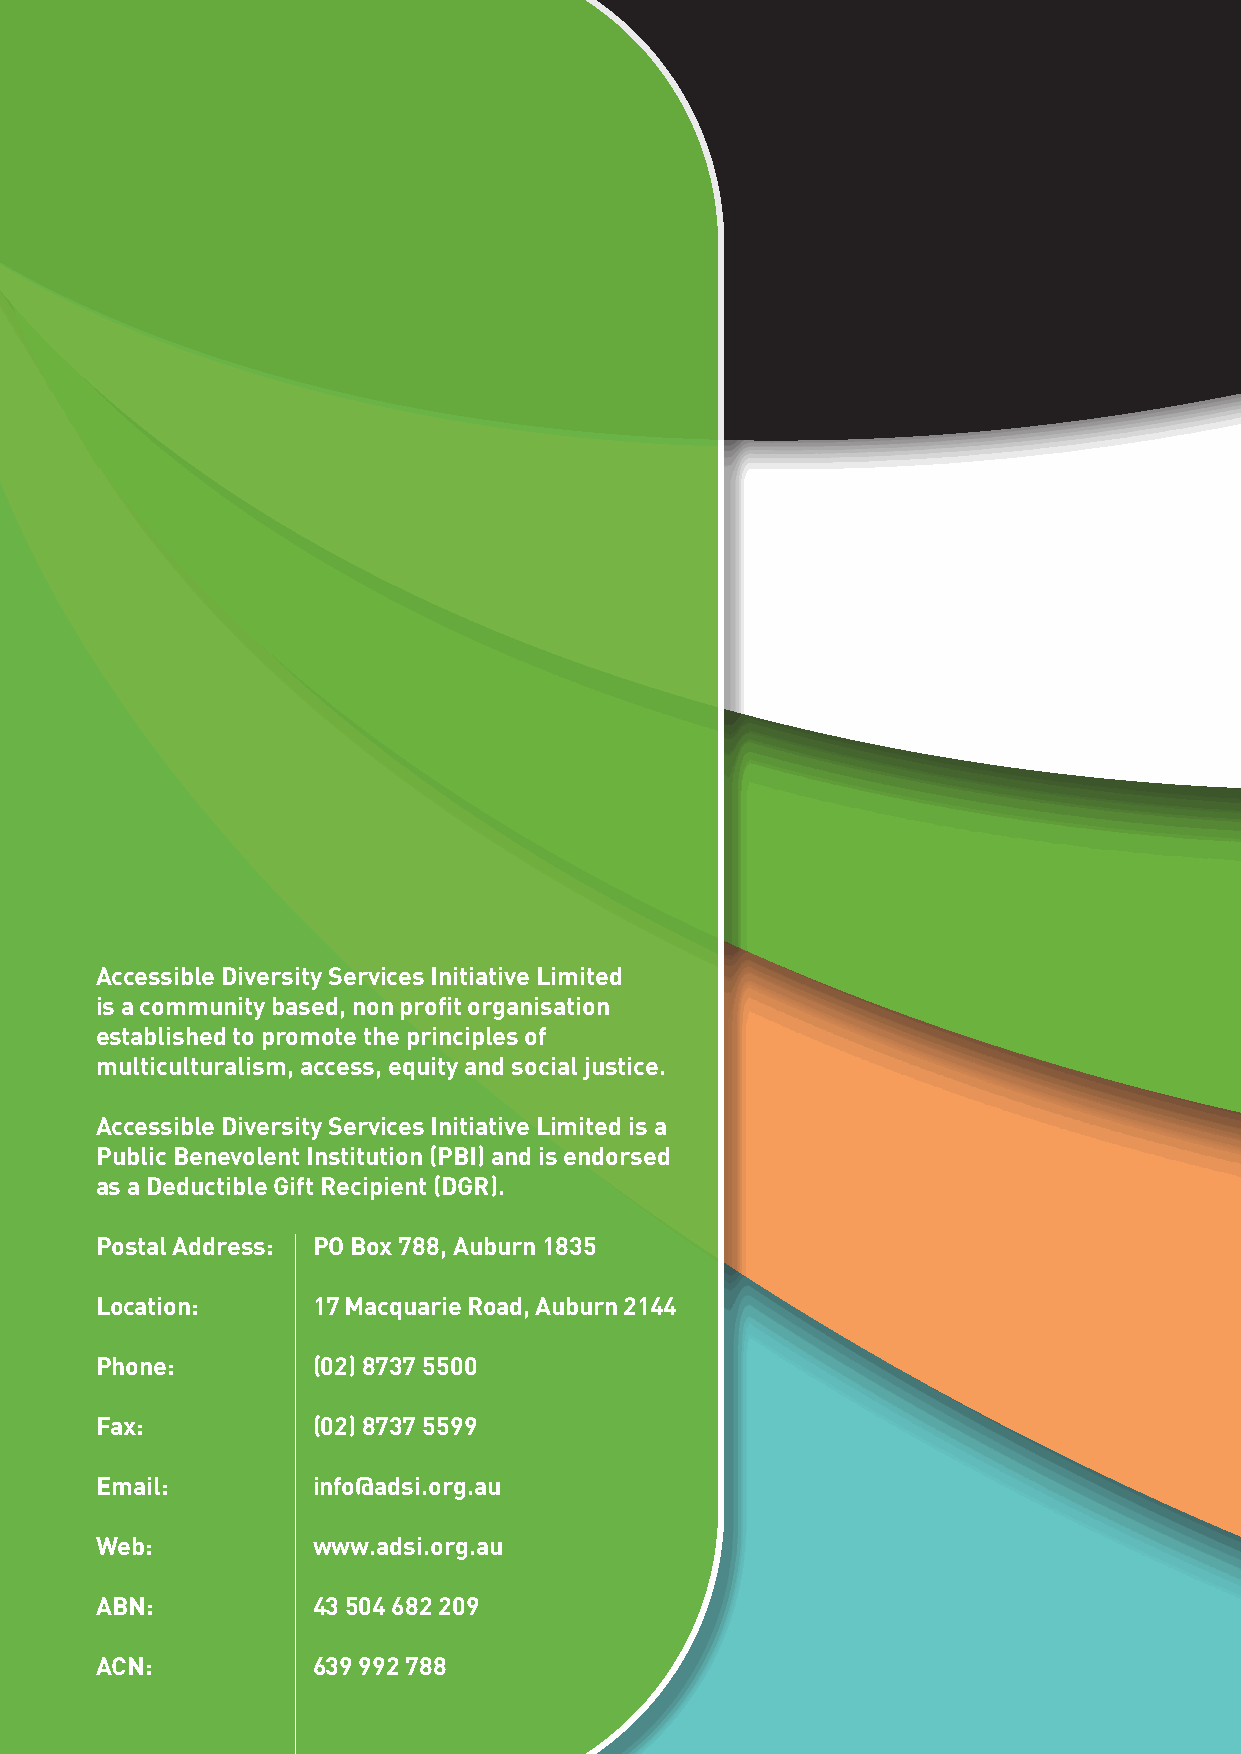
Accessible Diversity Services Initiative Limited
 is a community based, non profit organisation
 established to promote the principles of
 multiculturalism, access, equity and social justice.
 Accessible Diversity Services Initiative Limited is a
 Public Benevolent Institution (PBI) and is endorsed
 as a Deductible Gift Recipient (DGR).
 Postal Address: PO Box 788, Auburn 1835
 Location:      17 Macquarie Road, Auburn 2144
 Phone:         (02) 8737 5500
 Fax:           (02) 8737 5599
 Email:         info@adsi.org.au
 Web:           www.adsi.org.au
 ABN:           43 504 682 209
 ACN:           639 992 788